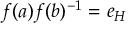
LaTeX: f ( a ) f ( b ) ^ { - 1 } = e _ { H }